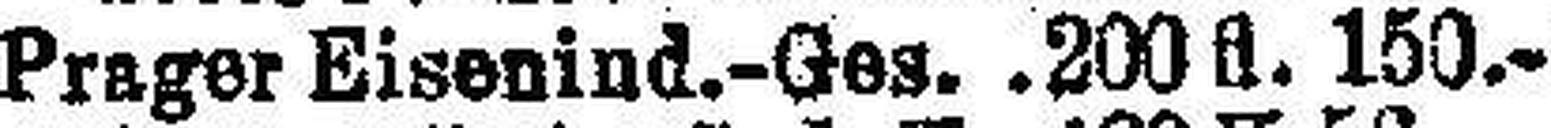
Prager Eisenind.-Ges. 200 fl. 150.—